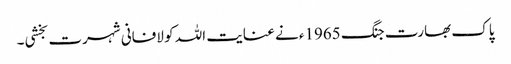
پاک بھارت جنگ 1965ء نے عنایت اللہ کو لافانی شہرت بخشی۔